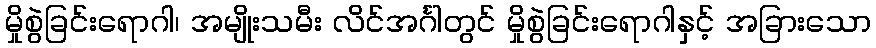
မှိုစွဲခြင်းရောဂါ၊ အမျိုးသမီး လိင်အင်္ဂါတွင် မှိုစွဲခြင်းရောဂါနှင့် အခြားသော